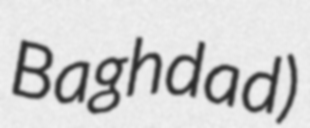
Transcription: Baghdad)